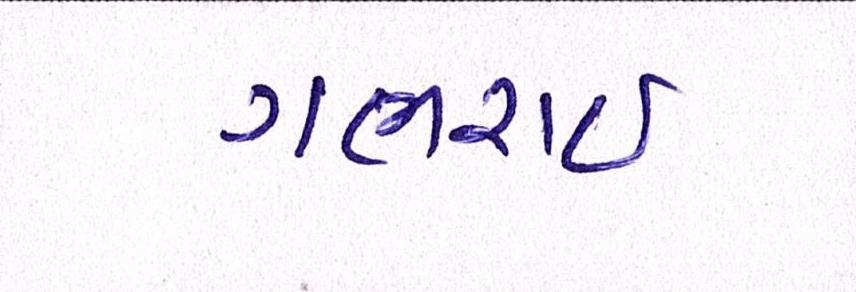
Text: ગભરાઇ